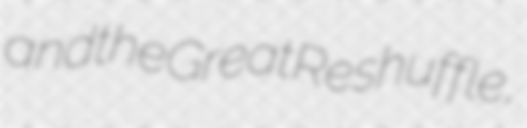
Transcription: and the Great Reshuffle,